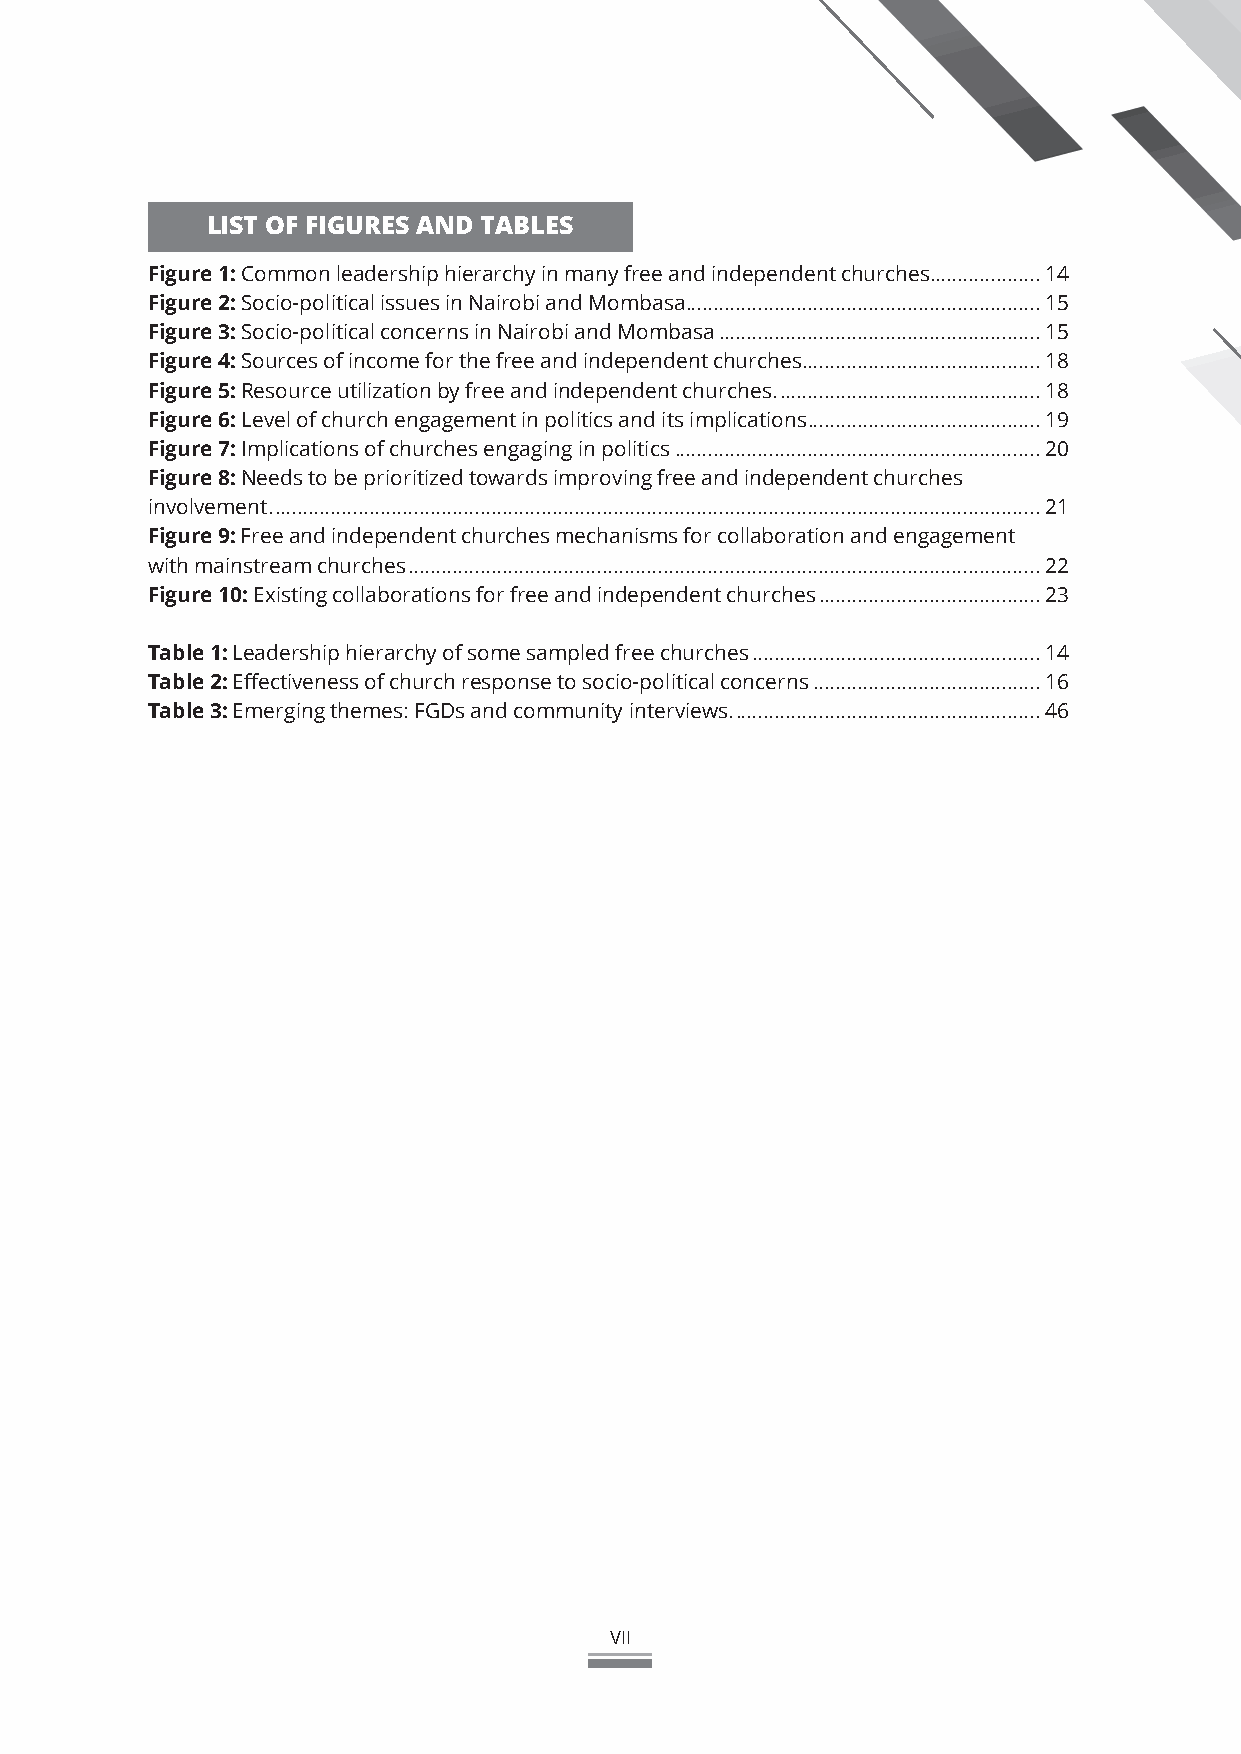
LIST OF FIGURES AND TABLES
 Figure 1: Common leadership hierarchy in many free and independent churches ....................14
 Figure 2: Socio-political issues in Nairobi and Mombasa ................................................................15
 Figure 3: Socio-political concerns in Nairobi and Mombasa ..........................................................15
 Figure 4: Sources of income for the free and independent churches ...........................................18
 Figure 5: Resource utilization by free and independent churches. ...............................................18
 Figure 6: Level of church engagement in politics and its implications ..........................................19
 Figure 7: Implications of churches engaging in politics ..................................................................20
 Figure 8: Needs to be prioritized towards improving free and independent churches
 involvement. ..........................................................................................................................................21
 Figure 9: Free and independent churches mechanisms for collaboration and engagement
 with mainstream churches ..................................................................................................................22
 Figure 10: Existing collaborations for free and independent churches ........................................23
 Table 1: Leadership hierarchy of some sampled free churches ....................................................14
 Table 2: Effectiveness of church response to socio-political concerns .........................................16
 Table 3: Emerging themes: FGDs and community interviews. .......................................................46
 VII